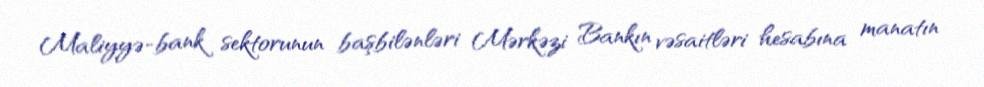
Maliyyə-bank sektorunun başbilənləri Mərkəzi Bankın vəsaitləri hesabına manatın